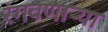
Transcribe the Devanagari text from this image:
रंगवणाऱ्या